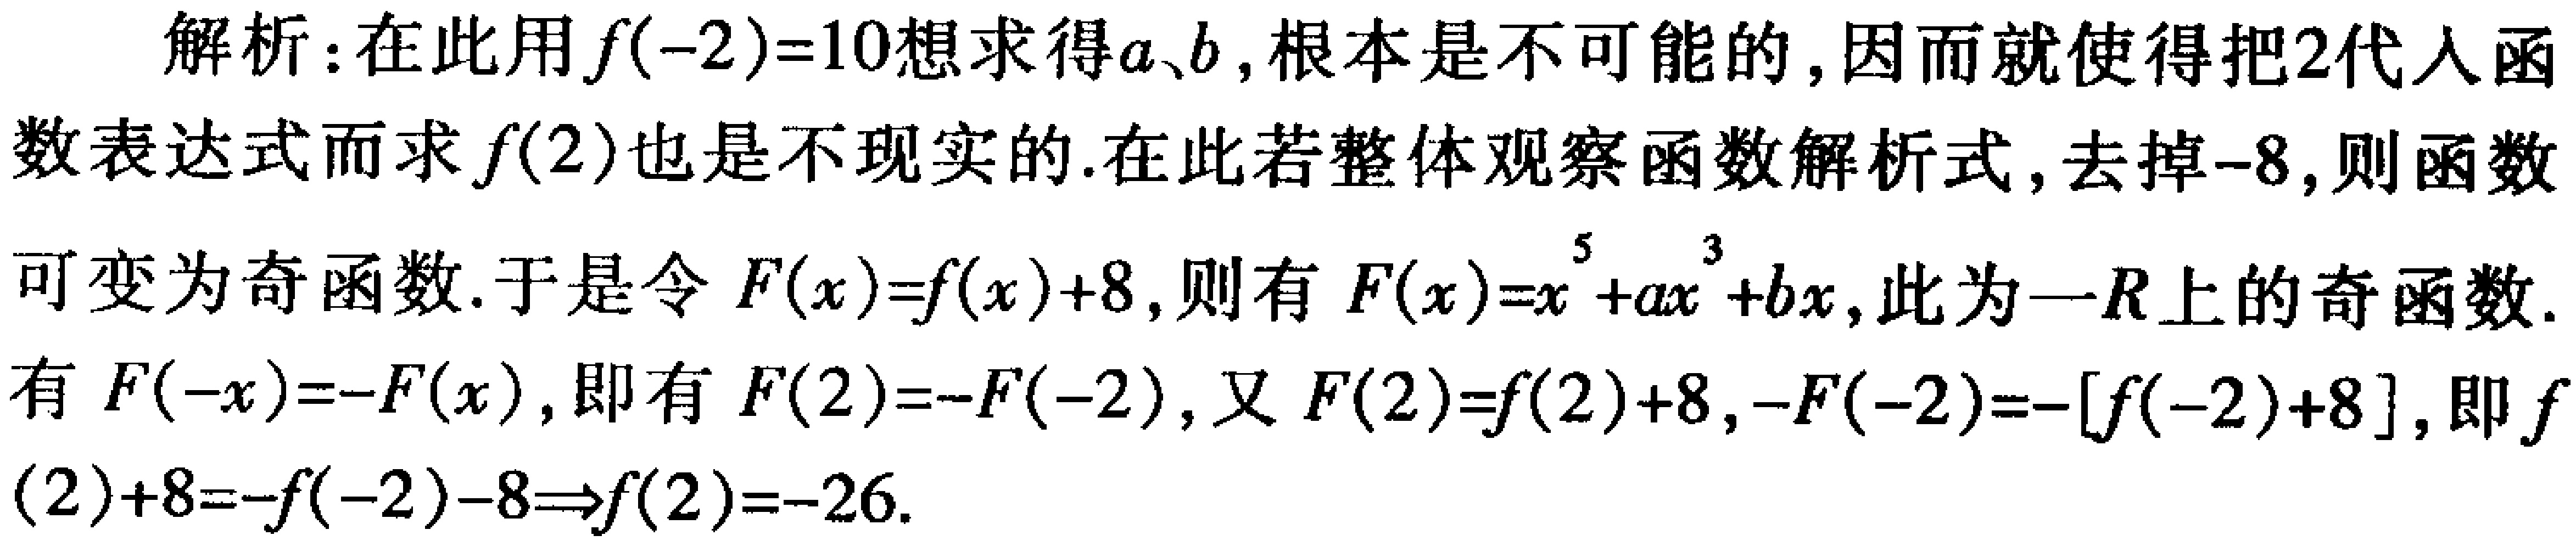
解析：在此用\(f(-2)=10\)想求得\(a\)、\(b\)，根本是不可能的，因而就使得把\(2\)代入函数表达式而求\(f(2)\)也是不现实的.在此若整体观察函数解析式，去掉\(-8\)，则函数可变为奇函数.于是令\(F(x)=f(x)+8\)，则有\(F(x)=x^{5}+ax^{3}+bx\)，此为一\(R\)上的奇函数.有\(F(-x)=-F(x)\)，即有\(F(2)=-F(-2)\)，又\(F(2)=f(2)+8\)，\(-F(-2)=-[f(-2)+8]\)，即\(f(2)+8=-f(-2)-8\Rightarrow f(2)=-26\).